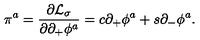
\pi ^ { a } = { \frac { \partial { \cal L } _ { \sigma } } { \partial \partial _ { + } \phi ^ { a } } } = c \partial _ { + } \phi ^ { a } + s \partial _ { - } \phi ^ { a } .